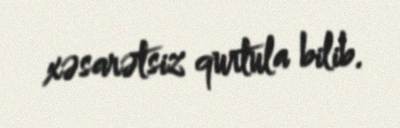
xəsarətsiz qurtula bilib.